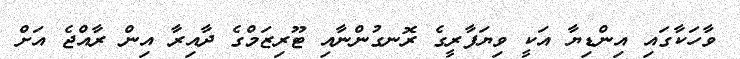
ވާހަކާގައި އިންޑިޔާ އަކީ ވިޔަފާރީގެ ރޮނގުންނާއި ޓޫރިޒަމްގެ ދާއިރާ އިން ރާއްޖެ އަށް